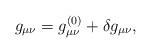
LaTeX: \begin{align*}g_{\mu\nu}=g^{(0)}_{\mu\nu}+\delta g_{\mu\nu},\end{align*}